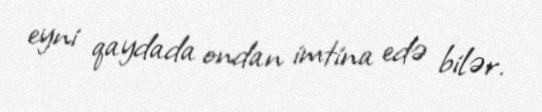
eyni qaydada ondan imtina edə bilər.